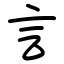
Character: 言